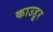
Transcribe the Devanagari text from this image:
काउडूर